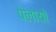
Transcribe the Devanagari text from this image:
पेलायो